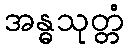
အန္ဓသုတ္တံ